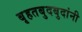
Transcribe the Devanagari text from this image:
बृहतबुदबुदांनी